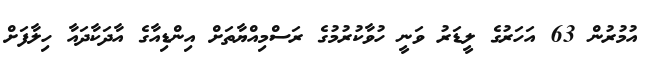
އުމުރުން 63 އަހަރުގެ ލީޑަރު ވަނީ ހުވާކުރުމުގެ ރަސްމިއްޔާތަށް އިންޑިއާގެ އާދަކާދައާ ހިލާފަށް